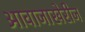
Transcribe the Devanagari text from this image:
आवाजाखेरीज